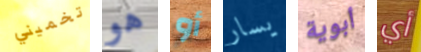
تخميني هو أو يسار أبوية أي